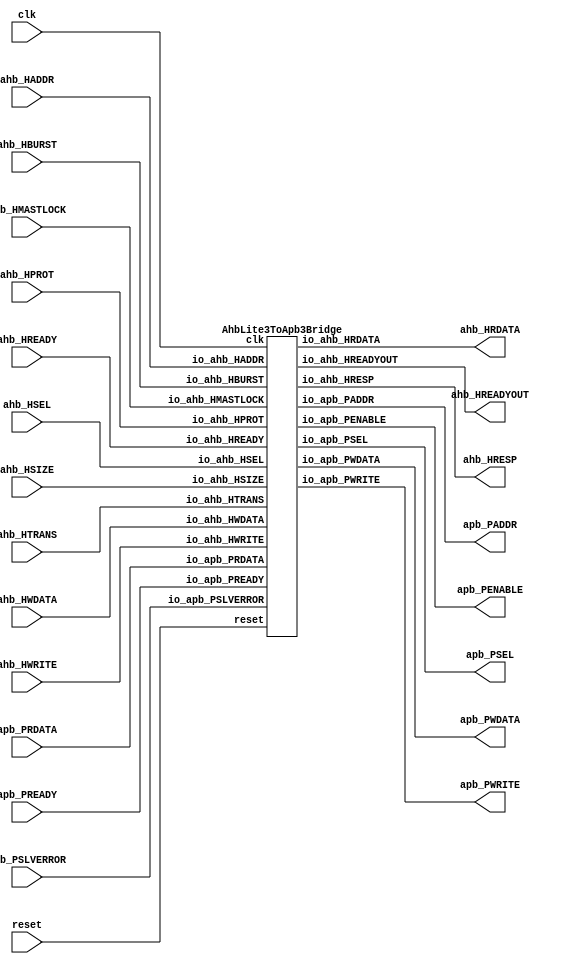
// Generator : SpinalHDL v1.7.2    git head : 08fc866bebdc40c471ebe327bface63e34406489
// Component : Ahb_1
// Git hash  : 23d564a3e9d4d768c2cb1641ec7dc2becc0d2602

`timescale 1ns/1ps

module Ahb_1 (
  input      [15:0]   ahb_HADDR,
  input               ahb_HSEL,
  input               ahb_HREADY,
  input               ahb_HWRITE,
  input      [2:0]    ahb_HSIZE,
  input      [2:0]    ahb_HBURST,
  input      [3:0]    ahb_HPROT,
  input      [1:0]    ahb_HTRANS,
  input               ahb_HMASTLOCK,
  input      [31:0]   ahb_HWDATA,
  output     [31:0]   ahb_HRDATA,
  output              ahb_HREADYOUT,
  output              ahb_HRESP,
  output     [15:0]   apb_PADDR,
  output     [0:0]    apb_PSEL,
  output              apb_PENABLE,
  input               apb_PREADY,
  output              apb_PWRITE,
  output     [31:0]   apb_PWDATA,
  input      [31:0]   apb_PRDATA,
  input               apb_PSLVERROR,
  input               clk,
  input               reset
);

  wire                bridge_io_ahb_HREADYOUT;
  wire                bridge_io_ahb_HRESP;
  wire       [31:0]   bridge_io_ahb_HRDATA;
  wire       [15:0]   bridge_io_apb_PADDR;
  wire       [0:0]    bridge_io_apb_PSEL;
  wire                bridge_io_apb_PENABLE;
  wire                bridge_io_apb_PWRITE;
  wire       [31:0]   bridge_io_apb_PWDATA;

  AhbLite3ToApb3Bridge bridge (
    .io_ahb_HADDR     (ahb_HADDR[15:0]           ), //i
    .io_ahb_HSEL      (ahb_HSEL                  ), //i
    .io_ahb_HREADY    (ahb_HREADY                ), //i
    .io_ahb_HWRITE    (ahb_HWRITE                ), //i
    .io_ahb_HSIZE     (ahb_HSIZE[2:0]            ), //i
    .io_ahb_HBURST    (ahb_HBURST[2:0]           ), //i
    .io_ahb_HPROT     (ahb_HPROT[3:0]            ), //i
    .io_ahb_HTRANS    (ahb_HTRANS[1:0]           ), //i
    .io_ahb_HMASTLOCK (ahb_HMASTLOCK             ), //i
    .io_ahb_HWDATA    (ahb_HWDATA[31:0]          ), //i
    .io_ahb_HRDATA    (bridge_io_ahb_HRDATA[31:0]), //o
    .io_ahb_HREADYOUT (bridge_io_ahb_HREADYOUT   ), //o
    .io_ahb_HRESP     (bridge_io_ahb_HRESP       ), //o
    .io_apb_PADDR     (bridge_io_apb_PADDR[15:0] ), //o
    .io_apb_PSEL      (bridge_io_apb_PSEL        ), //o
    .io_apb_PENABLE   (bridge_io_apb_PENABLE     ), //o
    .io_apb_PREADY    (apb_PREADY                ), //i
    .io_apb_PWRITE    (bridge_io_apb_PWRITE      ), //o
    .io_apb_PWDATA    (bridge_io_apb_PWDATA[31:0]), //o
    .io_apb_PRDATA    (apb_PRDATA[31:0]          ), //i
    .io_apb_PSLVERROR (apb_PSLVERROR             ), //i
    .clk              (clk                       ), //i
    .reset            (reset                     )  //i
  );
  assign ahb_HRDATA = bridge_io_ahb_HRDATA;
  assign ahb_HREADYOUT = bridge_io_ahb_HREADYOUT;
  assign ahb_HRESP = bridge_io_ahb_HRESP;
  assign apb_PADDR = bridge_io_apb_PADDR;
  assign apb_PSEL = bridge_io_apb_PSEL;
  assign apb_PENABLE = bridge_io_apb_PENABLE;
  assign apb_PWRITE = bridge_io_apb_PWRITE;
  assign apb_PWDATA = bridge_io_apb_PWDATA;

endmodule

module AhbLite3ToApb3Bridge (
  input      [15:0]   io_ahb_HADDR,
  input               io_ahb_HSEL,
  input               io_ahb_HREADY,
  input               io_ahb_HWRITE,
  input      [2:0]    io_ahb_HSIZE,
  input      [2:0]    io_ahb_HBURST,
  input      [3:0]    io_ahb_HPROT,
  input      [1:0]    io_ahb_HTRANS,
  input               io_ahb_HMASTLOCK,
  input      [31:0]   io_ahb_HWDATA,
  output     [31:0]   io_ahb_HRDATA,
  output reg          io_ahb_HREADYOUT,
  output reg          io_ahb_HRESP,
  output     [15:0]   io_apb_PADDR,
  output reg [0:0]    io_apb_PSEL,
  output reg          io_apb_PENABLE,
  input               io_apb_PREADY,
  output              io_apb_PWRITE,
  output     [31:0]   io_apb_PWDATA,
  input      [31:0]   io_apb_PRDATA,
  input               io_apb_PSLVERROR,
  input               clk,
  input               reset
);
  localparam AhbLite3ToApb3BridgePhase_IDLE = 2'd0;
  localparam AhbLite3ToApb3BridgePhase_SETUP = 2'd1;
  localparam AhbLite3ToApb3BridgePhase_ACCESS_1 = 2'd2;
  localparam AhbLite3ToApb3BridgePhase_ERROR = 2'd3;

  reg        [1:0]    phase;
  reg                 write;
  reg        [15:0]   address;
  reg        [31:0]   readedData;
  wire                when_AhbLite3ToApb3Bridge_l69;
  wire       [1:0]    _zz_phase;
  `ifndef SYNTHESIS
  reg [63:0] phase_string;
  reg [63:0] _zz_phase_string;
  `endif


  `ifndef SYNTHESIS
  always @(*) begin
    case(phase)
      AhbLite3ToApb3BridgePhase_IDLE : phase_string = "IDLE    ";
      AhbLite3ToApb3BridgePhase_SETUP : phase_string = "SETUP   ";
      AhbLite3ToApb3BridgePhase_ACCESS_1 : phase_string = "ACCESS_1";
      AhbLite3ToApb3BridgePhase_ERROR : phase_string = "ERROR   ";
      default : phase_string = "????????";
    endcase
  end
  always @(*) begin
    case(_zz_phase)
      AhbLite3ToApb3BridgePhase_IDLE : _zz_phase_string = "IDLE    ";
      AhbLite3ToApb3BridgePhase_SETUP : _zz_phase_string = "SETUP   ";
      AhbLite3ToApb3BridgePhase_ACCESS_1 : _zz_phase_string = "ACCESS_1";
      AhbLite3ToApb3BridgePhase_ERROR : _zz_phase_string = "ERROR   ";
      default : _zz_phase_string = "????????";
    endcase
  end
  `endif

  assign io_apb_PADDR = address;
  assign io_ahb_HRDATA = readedData;
  assign io_apb_PWDATA = io_ahb_HWDATA;
  assign io_apb_PWRITE = write;
  always @(*) begin
    io_ahb_HRESP = io_apb_PSLVERROR;
    case(phase)
      AhbLite3ToApb3BridgePhase_IDLE : begin
      end
      AhbLite3ToApb3BridgePhase_SETUP : begin
      end
      AhbLite3ToApb3BridgePhase_ACCESS_1 : begin
      end
      default : begin
        io_ahb_HRESP = 1'b1;
      end
    endcase
  end

  always @(*) begin
    case(phase)
      AhbLite3ToApb3BridgePhase_IDLE : begin
        io_apb_PSEL = 1'b0;
      end
      AhbLite3ToApb3BridgePhase_SETUP : begin
        io_apb_PSEL = 1'b1;
      end
      AhbLite3ToApb3BridgePhase_ACCESS_1 : begin
        io_apb_PSEL = 1'b1;
      end
      default : begin
        io_apb_PSEL = 1'b0;
      end
    endcase
  end

  always @(*) begin
    case(phase)
      AhbLite3ToApb3BridgePhase_IDLE : begin
        io_apb_PENABLE = 1'b0;
      end
      AhbLite3ToApb3BridgePhase_SETUP : begin
        io_apb_PENABLE = 1'b0;
      end
      AhbLite3ToApb3BridgePhase_ACCESS_1 : begin
        io_apb_PENABLE = 1'b1;
      end
      default : begin
        io_apb_PENABLE = 1'b0;
      end
    endcase
  end

  always @(*) begin
    case(phase)
      AhbLite3ToApb3BridgePhase_IDLE : begin
        io_ahb_HREADYOUT = 1'b1;
      end
      AhbLite3ToApb3BridgePhase_SETUP : begin
        io_ahb_HREADYOUT = 1'b0;
      end
      AhbLite3ToApb3BridgePhase_ACCESS_1 : begin
        io_ahb_HREADYOUT = 1'b0;
      end
      default : begin
        io_ahb_HREADYOUT = 1'b1;
      end
    endcase
  end

  assign when_AhbLite3ToApb3Bridge_l69 = ((io_ahb_HSEL && io_ahb_HTRANS[1]) && io_ahb_HREADY);
  assign _zz_phase = (io_apb_PSLVERROR ? AhbLite3ToApb3BridgePhase_ERROR : AhbLite3ToApb3BridgePhase_IDLE);
  always @(posedge clk or posedge reset) begin
    if(reset) begin
      phase <= AhbLite3ToApb3BridgePhase_IDLE;
    end else begin
      case(phase)
        AhbLite3ToApb3BridgePhase_IDLE : begin
          if(when_AhbLite3ToApb3Bridge_l69) begin
            phase <= AhbLite3ToApb3BridgePhase_SETUP;
          end
        end
        AhbLite3ToApb3BridgePhase_SETUP : begin
          phase <= AhbLite3ToApb3BridgePhase_ACCESS_1;
        end
        AhbLite3ToApb3BridgePhase_ACCESS_1 : begin
          if(io_apb_PREADY) begin
            phase <= _zz_phase;
          end
        end
        default : begin
          phase <= AhbLite3ToApb3BridgePhase_IDLE;
        end
      endcase
    end
  end

  always @(posedge clk) begin
    case(phase)
      AhbLite3ToApb3BridgePhase_IDLE : begin
        if(when_AhbLite3ToApb3Bridge_l69) begin
          address <= io_ahb_HADDR;
          write <= io_ahb_HWRITE;
        end
      end
      AhbLite3ToApb3BridgePhase_SETUP : begin
      end
      AhbLite3ToApb3BridgePhase_ACCESS_1 : begin
        if(io_apb_PREADY) begin
          readedData <= io_apb_PRDATA;
        end
      end
      default : begin
      end
    endcase
  end


endmodule